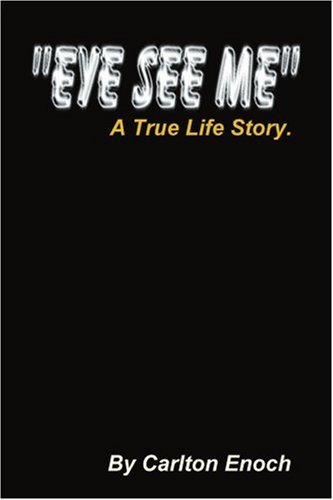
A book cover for Eye See Me: A True Life Story; Carlton Enoch; Christian Books & Bibles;